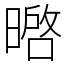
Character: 㬖